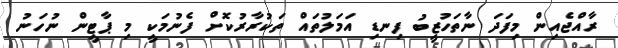
ރާއްޖެއިން މިފަދަ ނާތަހުޒީބު ފިނޑި އަމަލުތައް ތަކުރާރުކޮށް ފެނުމަކީ މި ޕާޓީން ނުހަނު